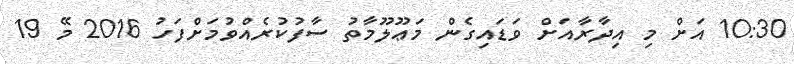
10:30 އަށް މި އިދާރާއަށް ވަޑައިގެން މަޢޫލޫމާތު ސާފުކުރެއްވުމަށްފަހު 2016 މޭ 19